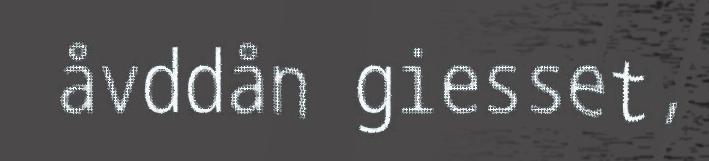
åvddån giesset,